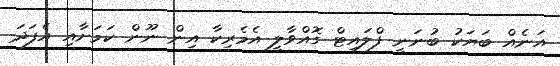
އަނެއް ބަޔަކު ބުނަނީ ފްލައިޓް ގޮއްވާލީ އެމެރިކާ އިން ނޫން ކަމަށާއި އެފަދަ